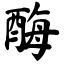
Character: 酶